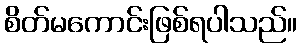
စိတ်မကောင်းဖြစ်ရပါသည်။